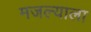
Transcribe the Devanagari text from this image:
मजल्याला